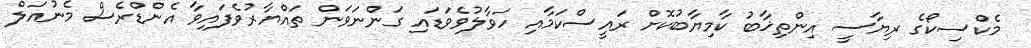
މެކްސިކޯގެ ރިޔާސީ އިންތިޚާބު ކާމިޔާބުކޮށް ރައީސްކަމާއި ހަވާލުވެވަޑައި ގަންނަވަން ތައްޔާރުވެފައިވާ އެންޑްރެސް މެނުއަލް